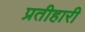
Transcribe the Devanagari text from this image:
प्रतीहारी